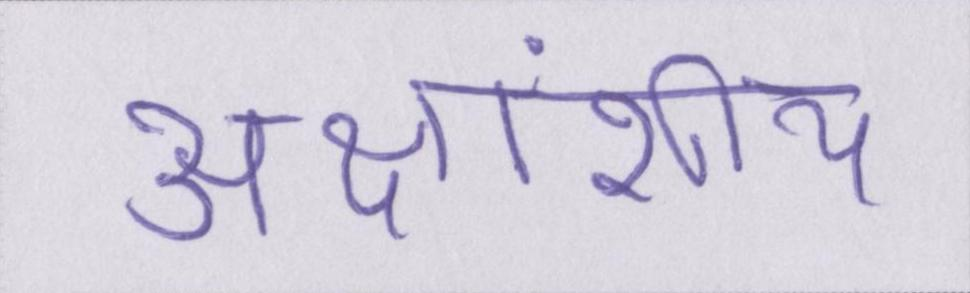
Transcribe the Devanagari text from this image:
अक्षांशीय